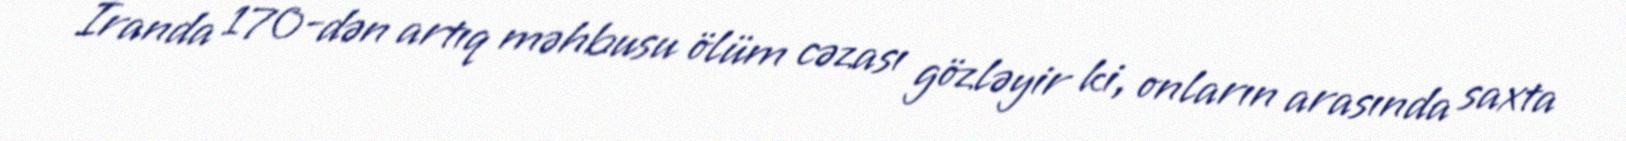
İranda 170-dən artıq məhbusu ölüm cəzası gözləyir ki, onların arasında saxta